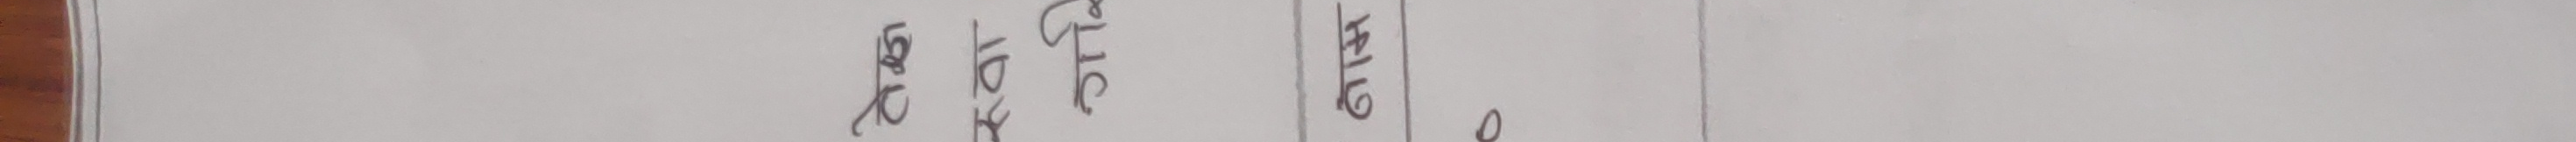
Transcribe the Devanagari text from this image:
प्रविष्टी
जोड
योग
हाजिरी
०